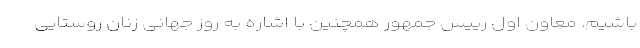
باشیم. معاون اول رییس جمهور همچنین با اشاره به روز جهانی زنان روستایی